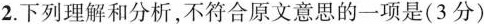
2.下列理解和分析,不符合原文意思的一项是(3 分)